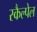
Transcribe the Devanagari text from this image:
स्कैल्पेल